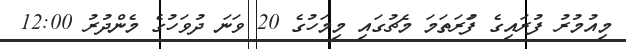
މިއުމުރު ފުރައިގެ ފުަރަތަމަ މެޗުގައި މިމަހުގެ 20 ވަނަ ދުވަހުގެ މެންދުރު 12:00